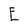
Character: E